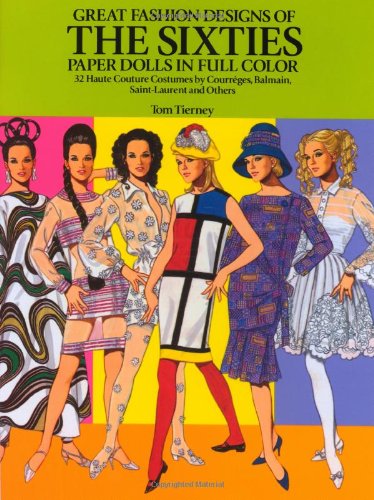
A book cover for Great Fashion Designs of the Sixties Paper Dolls: 32 Haute Couture Costumes by Courreges, Balmain, Saint-Laurent and Others (Dover Paper Dolls); Tom Tierney; Crafts, Hobbies & Home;